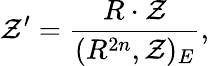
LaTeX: {\cal Z}^{\prime}=\frac{R\cdot{\cal Z}}{(R^{2n},{\cal Z})_{E}},